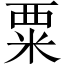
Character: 粟